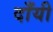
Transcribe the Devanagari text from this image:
दाँयी